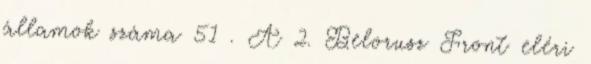
államok száma 51 . A 2. Belorusz Front eléri